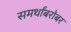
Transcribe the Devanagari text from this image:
समर्थांबरोबर